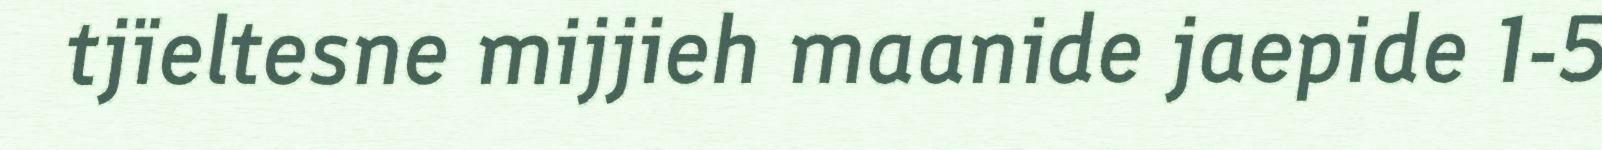
tjïeltesne mijjieh maanide jaepide 1-5